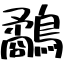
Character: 鷸